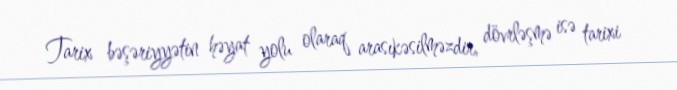
Tarix bəşəriyyətin həyat yolu olaraq arasıkəsilməzdir, dövrləşmə isə tarixi